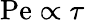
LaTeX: \mathrm{Pe}\propto\tau